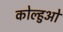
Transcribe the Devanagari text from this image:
कोल्हुओं